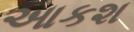
આકશ